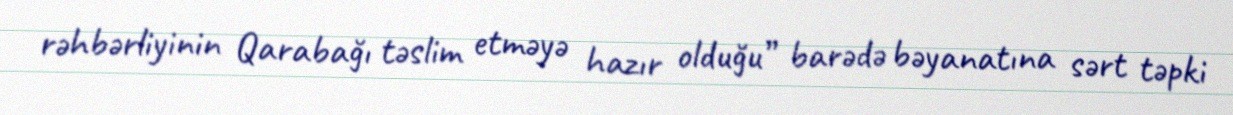
rəhbərliyinin Qarabağı təslim etməyə hazır olduğu” barədə bəyanatına sərt təpki